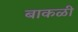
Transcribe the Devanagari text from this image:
बाकळी